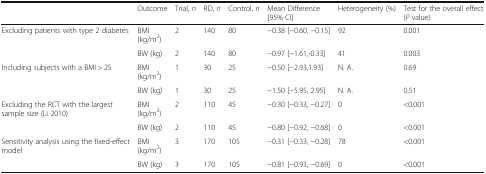
|  | Outcome | Trial, n | RD, n | Control, n | Mean Difference [95% CI] | Heterogeneity (%) | Test for the overall effect(P value) |
 | --- | --- | --- | --- | --- | --- | --- | --- |
 | <ROWSPAN=2> Excluding patients with type 2 diabetes | BMI (kg/m2) | 2 | 140 | 80 | −0.38 [−0.60, −0.15] | 92 | 0.001 |
 | BW (kg) | 2 | 140 | 80 | −0.97 [−1.61,-0.33] | 41 | 0.003 |
 | <ROWSPAN=2> Including subjects with a BMI > 25 | BMI (kg/m2) | 1 | 30 | 25 | −0.50 [−2.93,1.93] | N. A. | 0.69 |
 | BW (kg) | 1 | 30 | 25 | −1.50 [−5.95, 2.95] | N. A. | 0.51 |
 | <ROWSPAN=2> Excluding the RCT with the largest sample size (Li 2010) | BMI (kg/m2) | 2 | 110 | 45 | −0.30 [−0.33, −0.27] | 0 | <0.001 |
 | BW (kg) | 2 | 110 | 45 | −0.80 [−0.92, −0.68] | 0 | <0.001 |
 | <ROWSPAN=2> Sensitivity analysis using the fixed-effect model | BMI (kg/m2) | 3 | 170 | 105 | −0.31 [−0.33, −0.28] | 78 | <0.001 |
 | BW (kg) | 3 | 170 | 105 | −0.81 [−0.93, −0.69] | 0 | <0.001 |